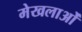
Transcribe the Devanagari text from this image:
मेखलाओं